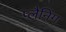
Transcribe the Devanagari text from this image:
प्‍लैनिंग